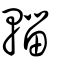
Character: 輺